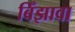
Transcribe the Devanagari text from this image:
बिँझावा